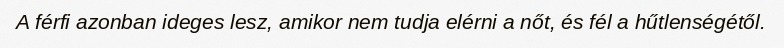
A férfi azonban ideges lesz, amikor nem tudja elérni a nőt, és fél a hűtlenségétől.